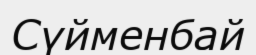
Сүйменбай